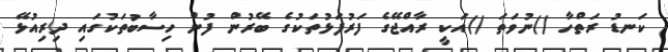
ކަނޑު ރަތްހާ ()ނުވަތަ ()އަކީ ރާއްޖޭގެ ފަރުފަޅުތަކުގެ ބޭރުން ފުން ހިސާބުތަކުގައި ދިރިއުޅޭ